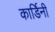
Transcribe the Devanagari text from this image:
कार्डिनी